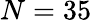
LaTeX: N=35